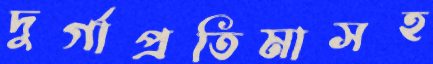
দুর্গাপ্রতিমাসহ